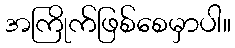
အကြိုက်ဖြစ်စေမှာပါ။